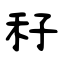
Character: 秄